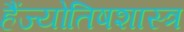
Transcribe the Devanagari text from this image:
हैंज्योतिषशास्त्र